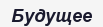
Будущее